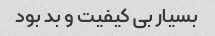
بسیار بی کیفیت و بد بود